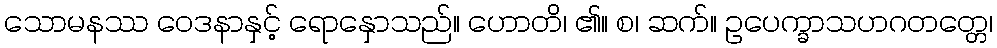
သောမနဿ ဝေဒနာနှင့် ရောနှောသည်။ ဟောတိ၊ ၏။ စ၊ ဆက်။ ဥပေက္ခာသဟဂတတ္တေ၊